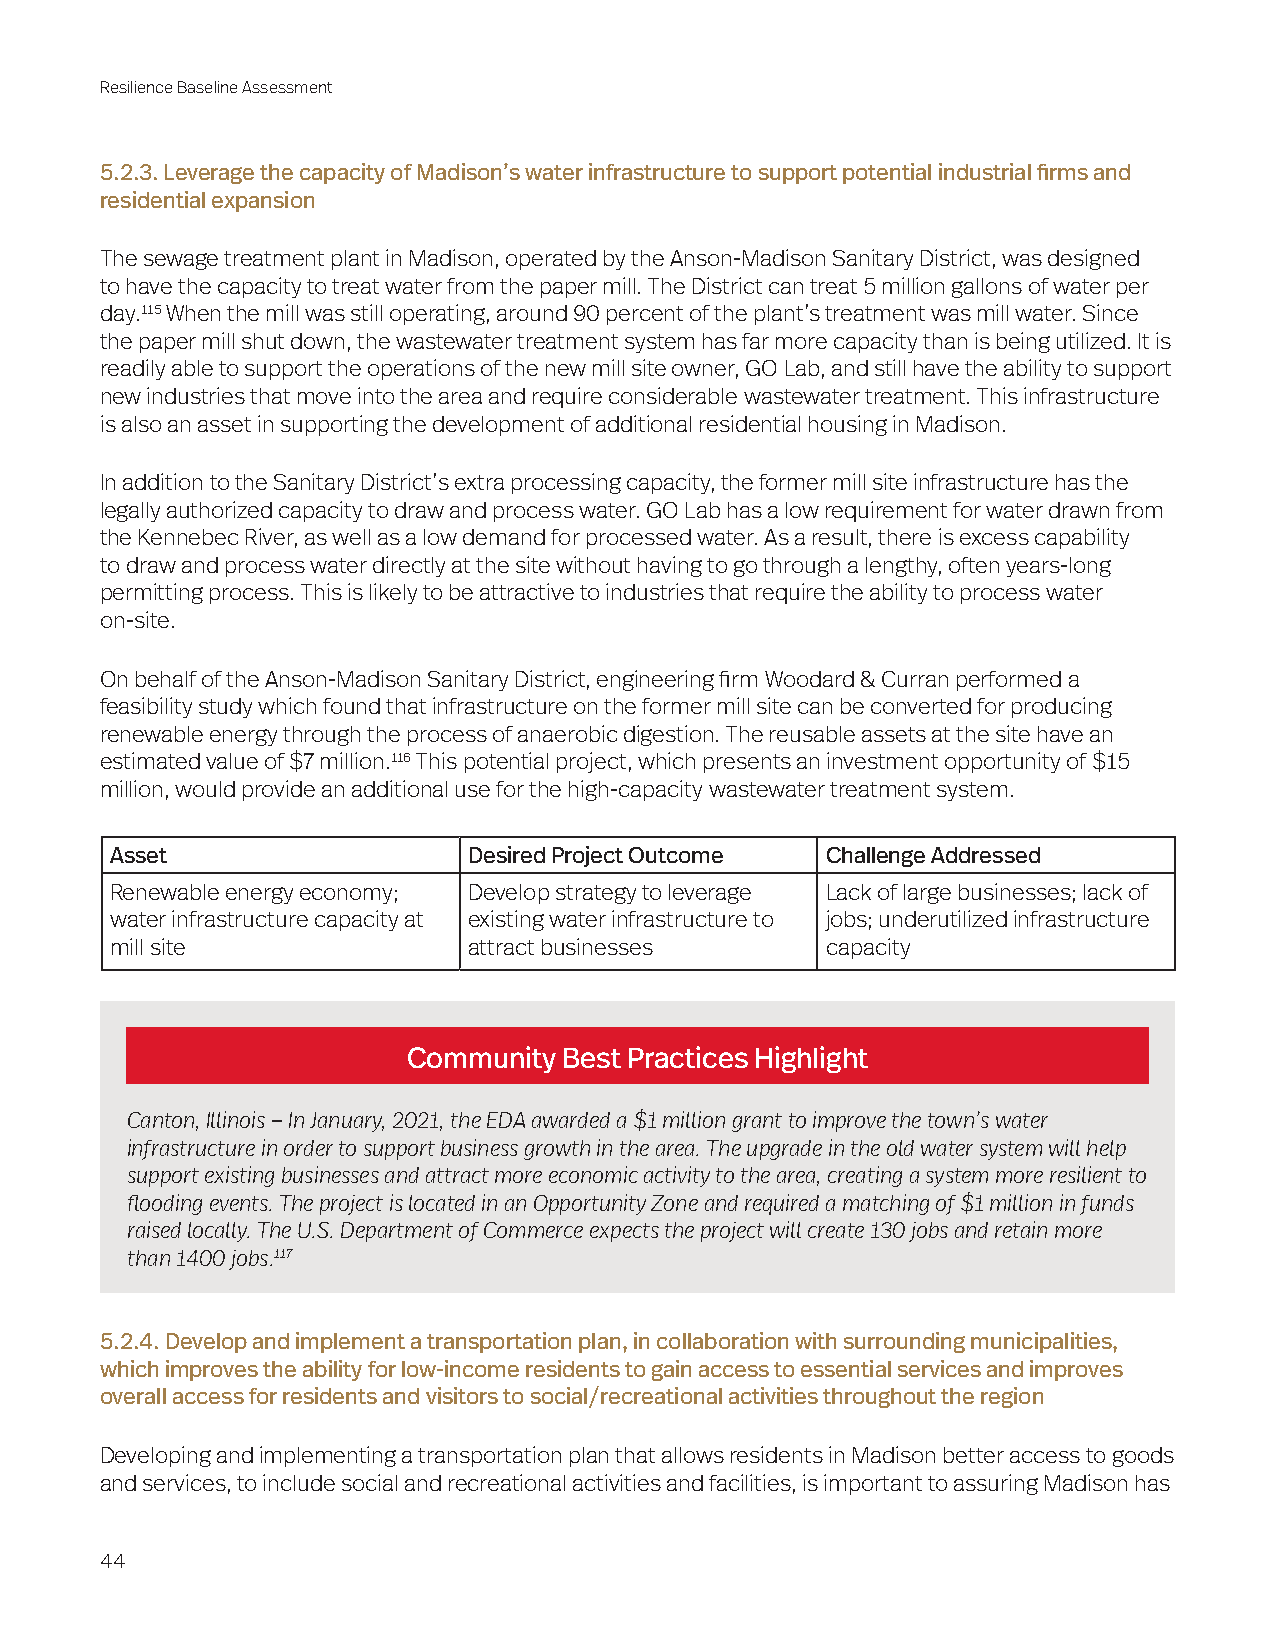
Resilience Baseline Assessment
 5.2.3. Leverage the capacity of Madison’s water infrastructure to support potential industrial firms and
 residential expansion
 The sewage treatment plant in Madison, operated by the Anson-Madison Sanitary District, was designed
 to have the capacity to treat water from the paper mill. The District can treat 5 million gallons of water per
 day.115 When the mill was still operating, around 90 percent of the plant’s treatment was mill water. Since
 the paper mill shut down, the wastewater treatment system has far more capacity than is being utilized. It is
 readily able to support the operations of the new mill site owner, GO Lab, and still have the ability to support
 new industries that move into the area and require considerable wastewater treatment. This infrastructure
 is also an asset in supporting the development of additional residential housing in Madison.
 In addition to the Sanitary District’s extra processing capacity, the former mill site infrastructure has the
 legally authorized capacity to draw and process water. GO Lab has a low requirement for water drawn from
 the Kennebec River, as well as a low demand for processed water. As a result, there is excess capability
 to draw and process water directly at the site without having to go through a lengthy, often years-long
 permitting process. This is likely to be attractive to industries that require the ability to process water
 on-site.
 On behalf of the Anson-Madison Sanitary District, engineering firm Woodard & Curran performed a
 feasibility study which found that infrastructure on the former mill site can be converted for producing
 renewable energy through the process of anaerobic digestion. The reusable assets at the site have an
 estimated value of $7 million.116 This potential project, which presents an investment opportunity of $15
 million, would provide an additional use for the high-capacity wastewater treatment system.
 Asset                   Desired Project Outcome Challenge Addressed
 Renewable energy economy; Develop strategy to leverage Lack of large businesses; lack of
 water infrastructure capacity at existing water infrastructure to jobs; underutilized infrastructure
 mill site               attract businesses      capacity
 Community Best Practices Highlight
 Canton, Illinois – In January, 2021, the EDA awarded a $1 million grant to improve the town’s water
 infrastructure in order to support business growth in the area. The upgrade in the old water system will help
 support existing businesses and attract more economic activity to the area, creating a system more resilient to
 flooding events. The project is located in an Opportunity Zone and required a matching of $1 million in funds
 raised locally. The U.S. Department of Commerce expects the project will create 130 jobs and retain more
 than 1400 jobs.117
 5.2.4. Develop and implement a transportation plan, in collaboration with surrounding municipalities,
 which improves the ability for low-income residents to gain access to essential services and improves
 overall access for residents and visitors to social/recreational activities throughout the region
 Developing and implementing a transportation plan that allows residents in Madison better access to goods
 and services, to include social and recreational activities and facilities, is important to assuring Madison has
 44